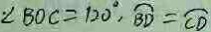
\cdot \angle B O C = 1 2 0 ^ { \circ } , \widehat { B D } = \widehat { C D }